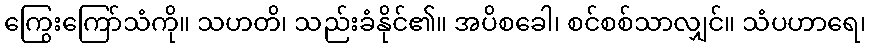
ကြွေးကြော်သံကို။ သဟတိ၊ သည်းခံနိုင်၏။ အပိစခေါ၊ စင်စစ်သာလျှင်။ သံပဟာရေ၊